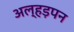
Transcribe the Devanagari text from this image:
अल्हड़पन